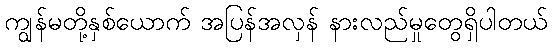
ကျွန်မတို့နှစ်ယောက် အပြန်အလှန် နားလည်မှုတွေရှိပါတယ်